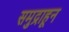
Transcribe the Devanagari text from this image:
समुद्राहून